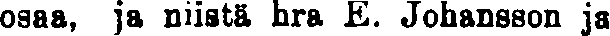
osaa, ja niistä hra E. Johansson ja